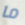
ما